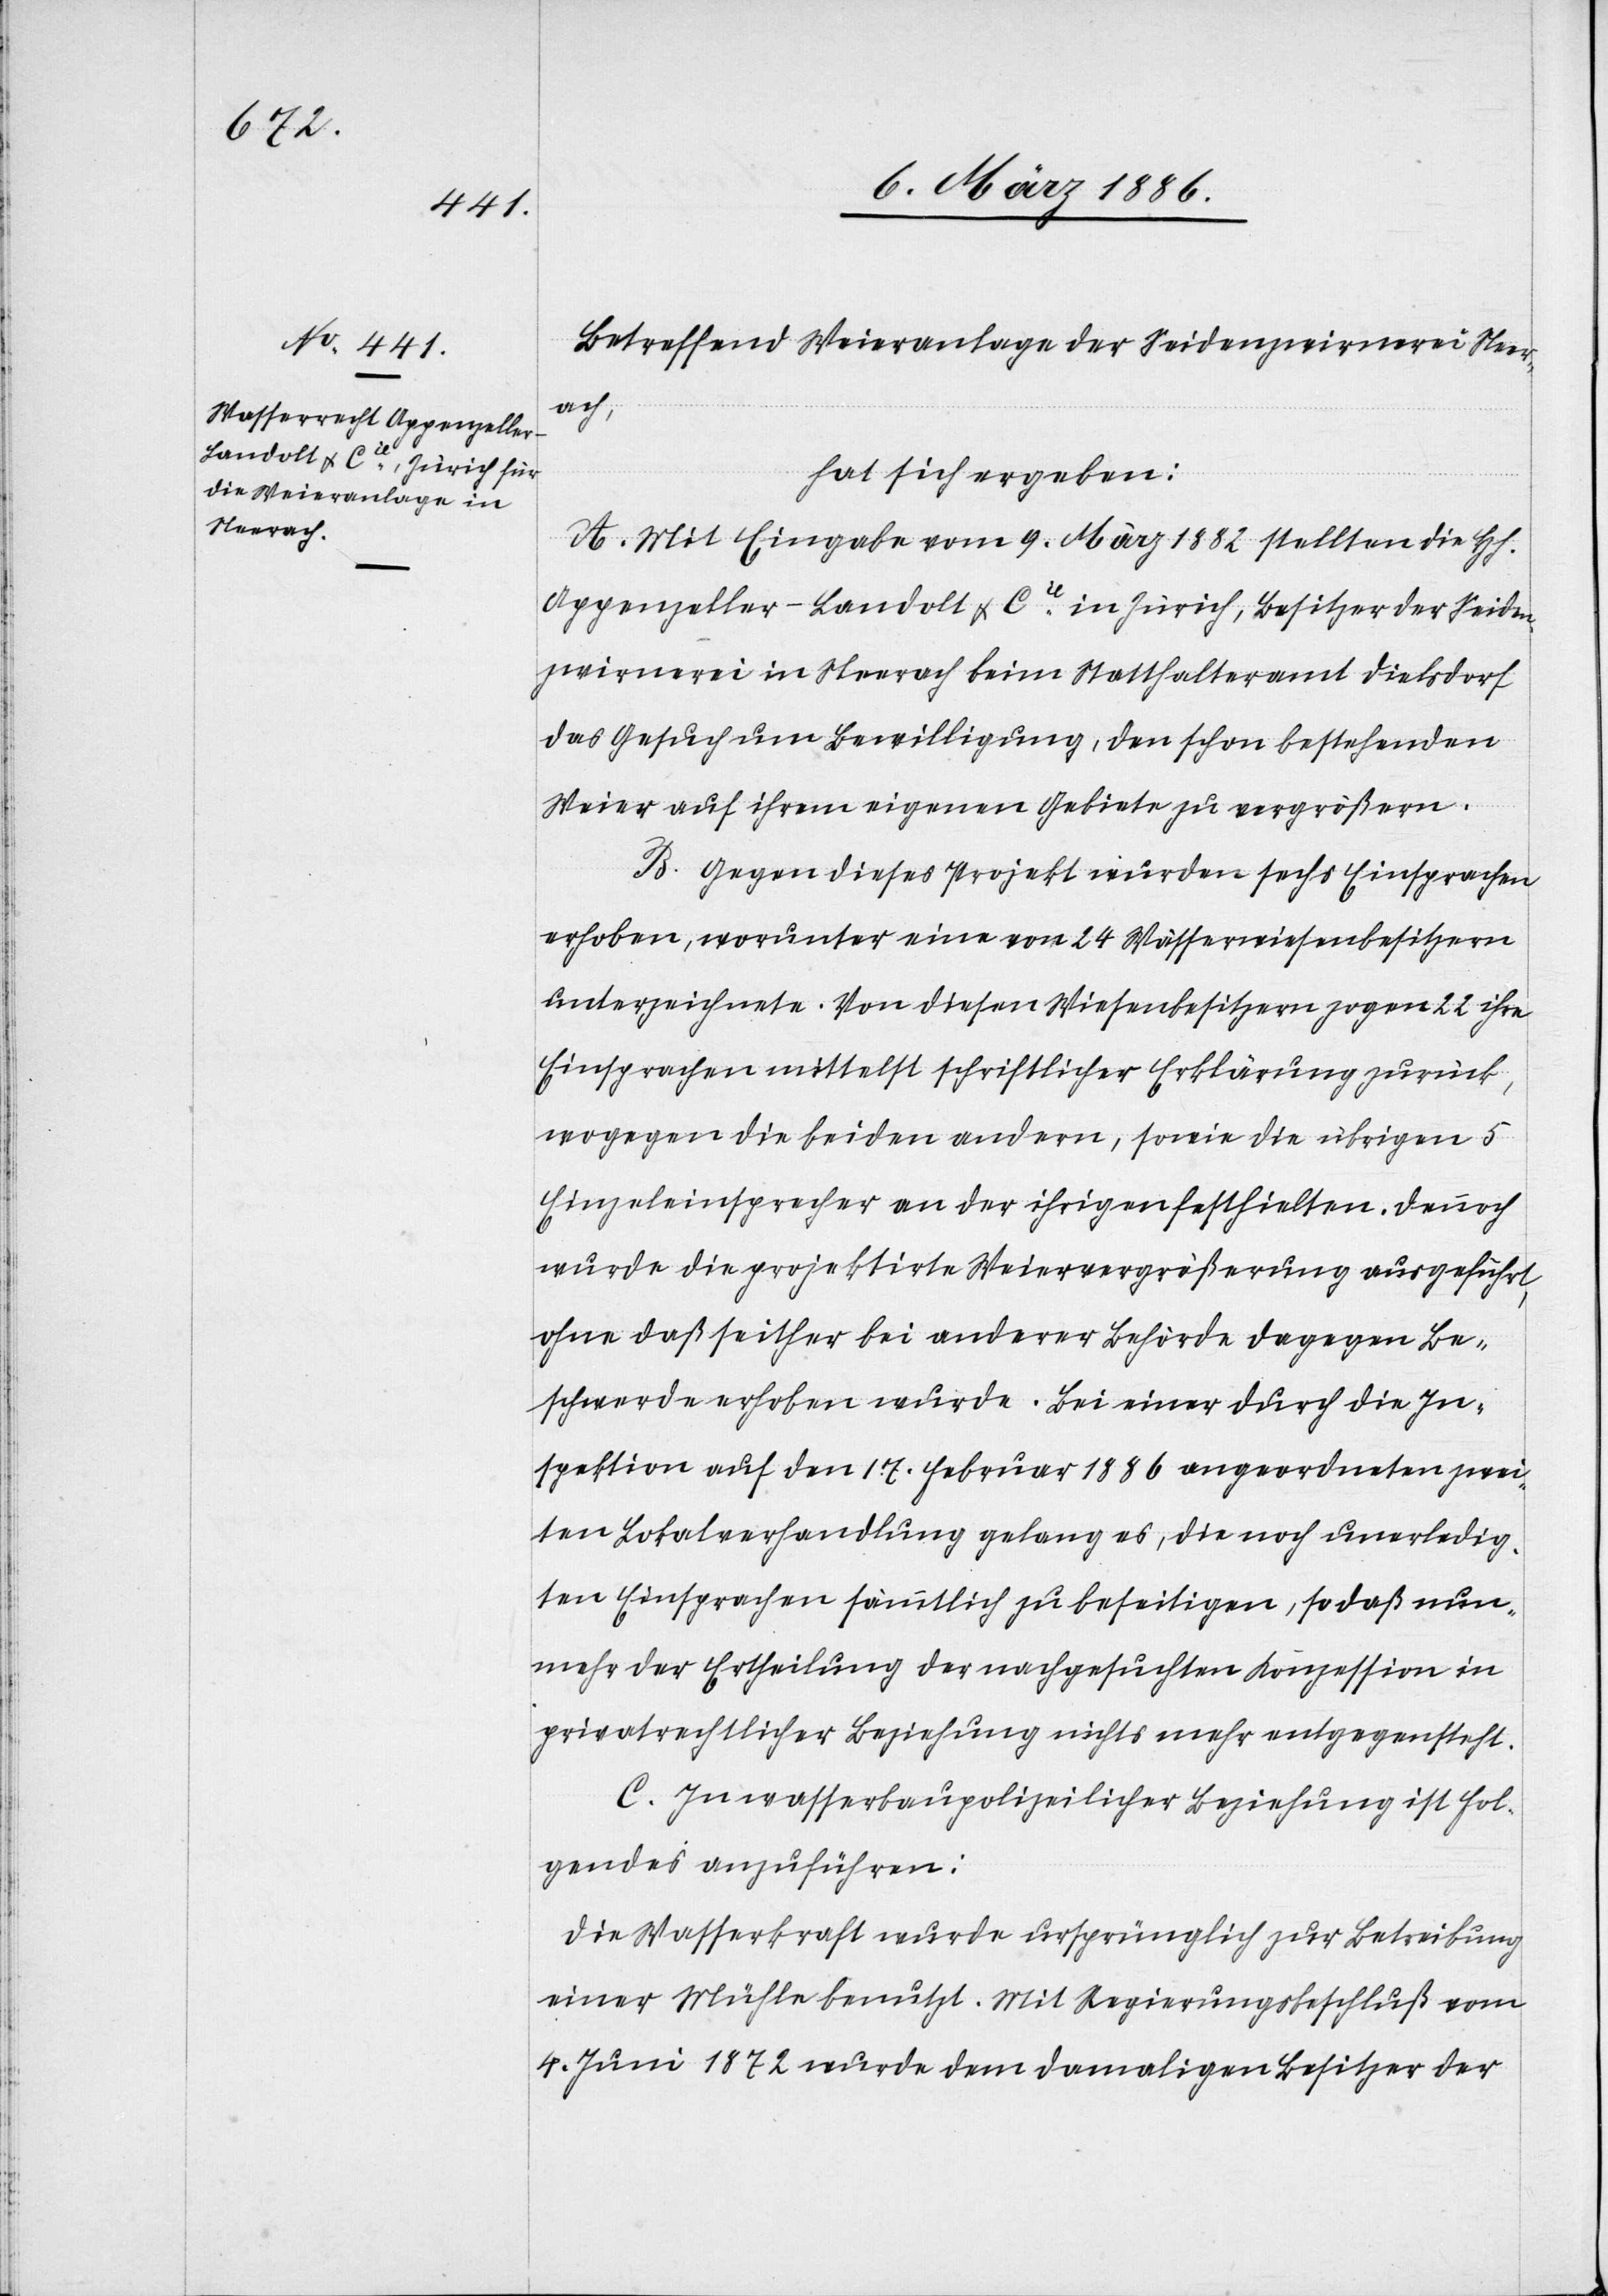
Betreffend Weieranlage der Seidenzwirnerei Neer¬
ach,
hat sich ergeben:
A. Mit Eingabe vom 9. März 1882 stellten die Hh.
Appenzeller-Landolt & Cie. in Zürich, Besitzer der Seiden¬
zwirnerei in Neerach beim Statthalteramt Dielsdorf
das Gesuch um Bewilligung, den schon bestehenden
Weier auf ihrem eigenen Gebiete zu vergrößern.
B. Gegen dieses Projekt wurden sechs Einsprachen
erhoben, worunter eine von 24 Wässerwiesenbesitzern
unterzeichnete. Von diesen Wiesenbesitzern zogen 22 ihre
Einsprachen mittelst schriftlicher Erklärung zurück,
wogegen die beiden andern, sowie die übrigen 5
Einzeleinsprecher an der ihrigen festhielten. Dennoch
wurde die projektirte Weiervergrößerung ausgeführt,
ohne daß seither bei anderer Behörde dagegen Be¬
schwerde erhoben wurde. Bei einer durch die In¬
spektion auf den 17. Februar 1886 angeordneten zwei¬
ten Lokalverhandlung gelang es, die noch unerledig¬
ten Einsprachen sämmtlich zu beseitigen, so daß nun¬
mehr der Ertheilung der nachgesuchten Konzession in
privatrechtlicher Beziehung nichts mehr entgegensteht.
C. In wasserbaupolizeilicher Beziehung ist fol¬
gendes anzuführen:
Die Wasserkraft wurde ursprünglich zur Betreibung
einer Mühle benutzt. Mit Regierungsbeschluß vom
4. Juni 1872 wurde dem damaligen Besitzer der